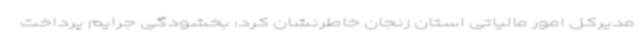
مدیرکل امور مالیاتی استان زنجان خاطرنشان کرد: بخشودگی جرایم پرداخت